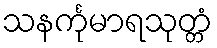
သနင်္ကုမာရသုတ္တံ